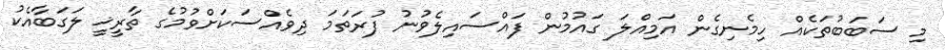
މި ސަބަބުތަކެއް ހިމެނިގެން އަމިއްލަ ގައުމުން ފައްސައިލެވުނު ފުރަތަމަ ދިވެއްސަކަށްވުމުގެ ތާރީޚީ ލަގަބާއެކު